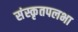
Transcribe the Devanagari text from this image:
संस्कृतपलभा